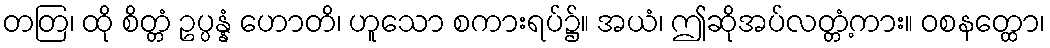
တတြ၊ ထို စိတ္တံ ဥပ္ပန္နံ ဟောတိ၊ ဟူသော စကားရပ်၌။ အယံ၊ ဤဆိုအပ်လတ္တံ့ကား။ ဝစနတ္ထော၊